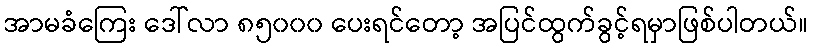
အာမခံကြေး ဒေါ်လာ ၈၅၀၀၀ ပေးရင်တော့ အပြင်ထွက်ခွင့်ရမှာဖြစ်ပါတယ်။